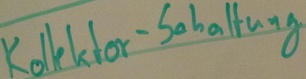
Text: Kollektor-Schaltung